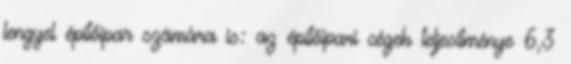
lengyel építőipar számára is: az építőipari cégek teljesítménye 6,3